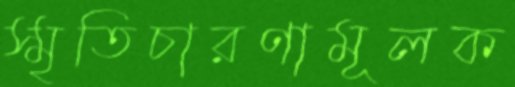
স্মৃতিচারণামূলক